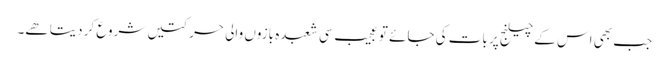
جب بھی اس کے چیلنج پر بات کی جائے تو عجیب سی شعبدہ بازوں والی حرکتیں شروع کر دیتا ھے۔